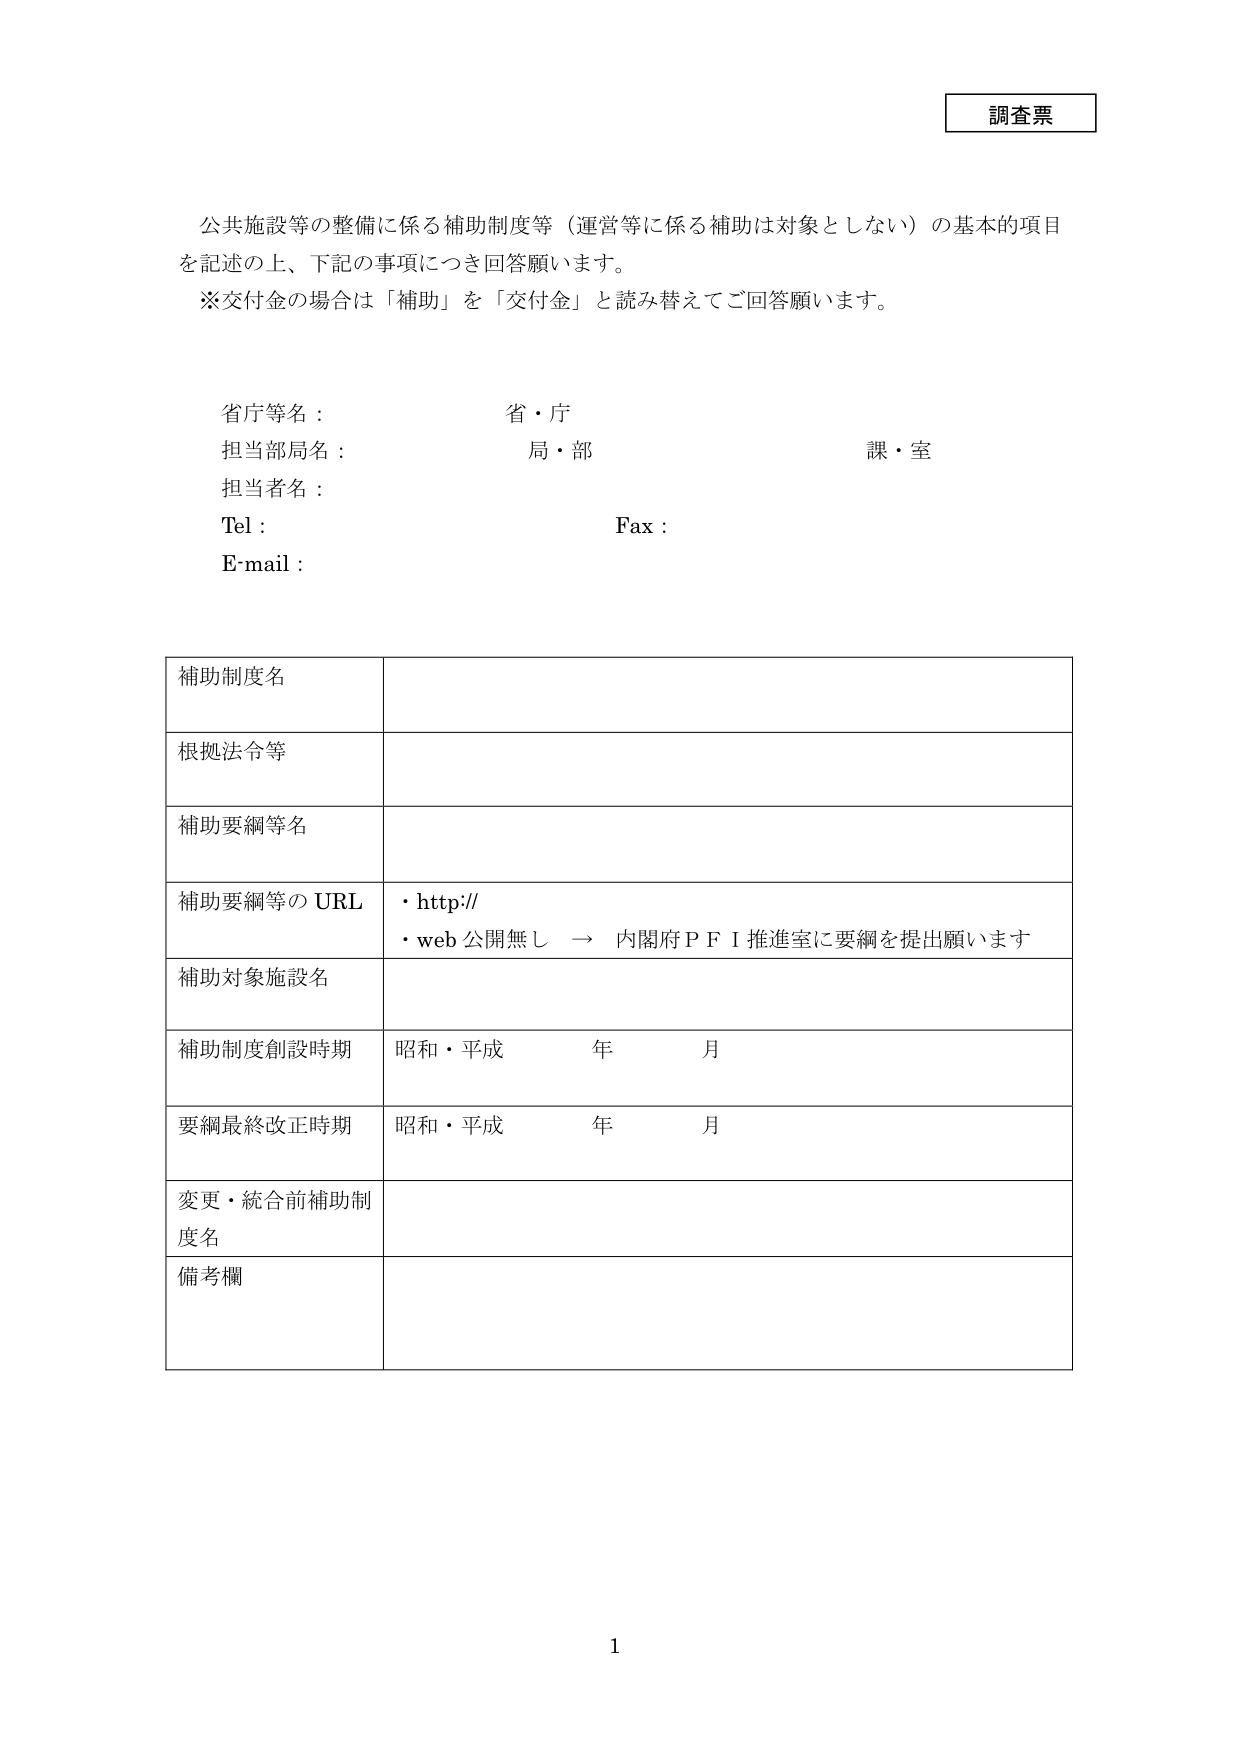
調査票

公共施設等の整備に係る補助制度等（運営等に係る補助は対象としない）の基本的項目を記述の上、下記の事項につき回答願います。
※交付金の場合は「補助」を「交付金」と読み替えてご回答願います。

省庁等名：　　　　　　　　省・庁
担当部局名：　　　　　　　局・部　　　　　　　　　課・室
担当者名：
Tel：　　　　　　　　　　　Fax：
E-mail：

補助制度名

根拠法令等

補助要綱等名

補助要綱等の URL
・http://
・web 公開無し　→　内閣府ＰＦＩ推進室に要綱を提出願います

補助対象施設名

補助制度創設時期　　昭和・平成　　　年　　　月

要綱最終改正時期　　昭和・平成　　　年　　　月

変更・統合前補助制度名

備考欄

1